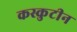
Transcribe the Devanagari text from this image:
कस्कुटीन